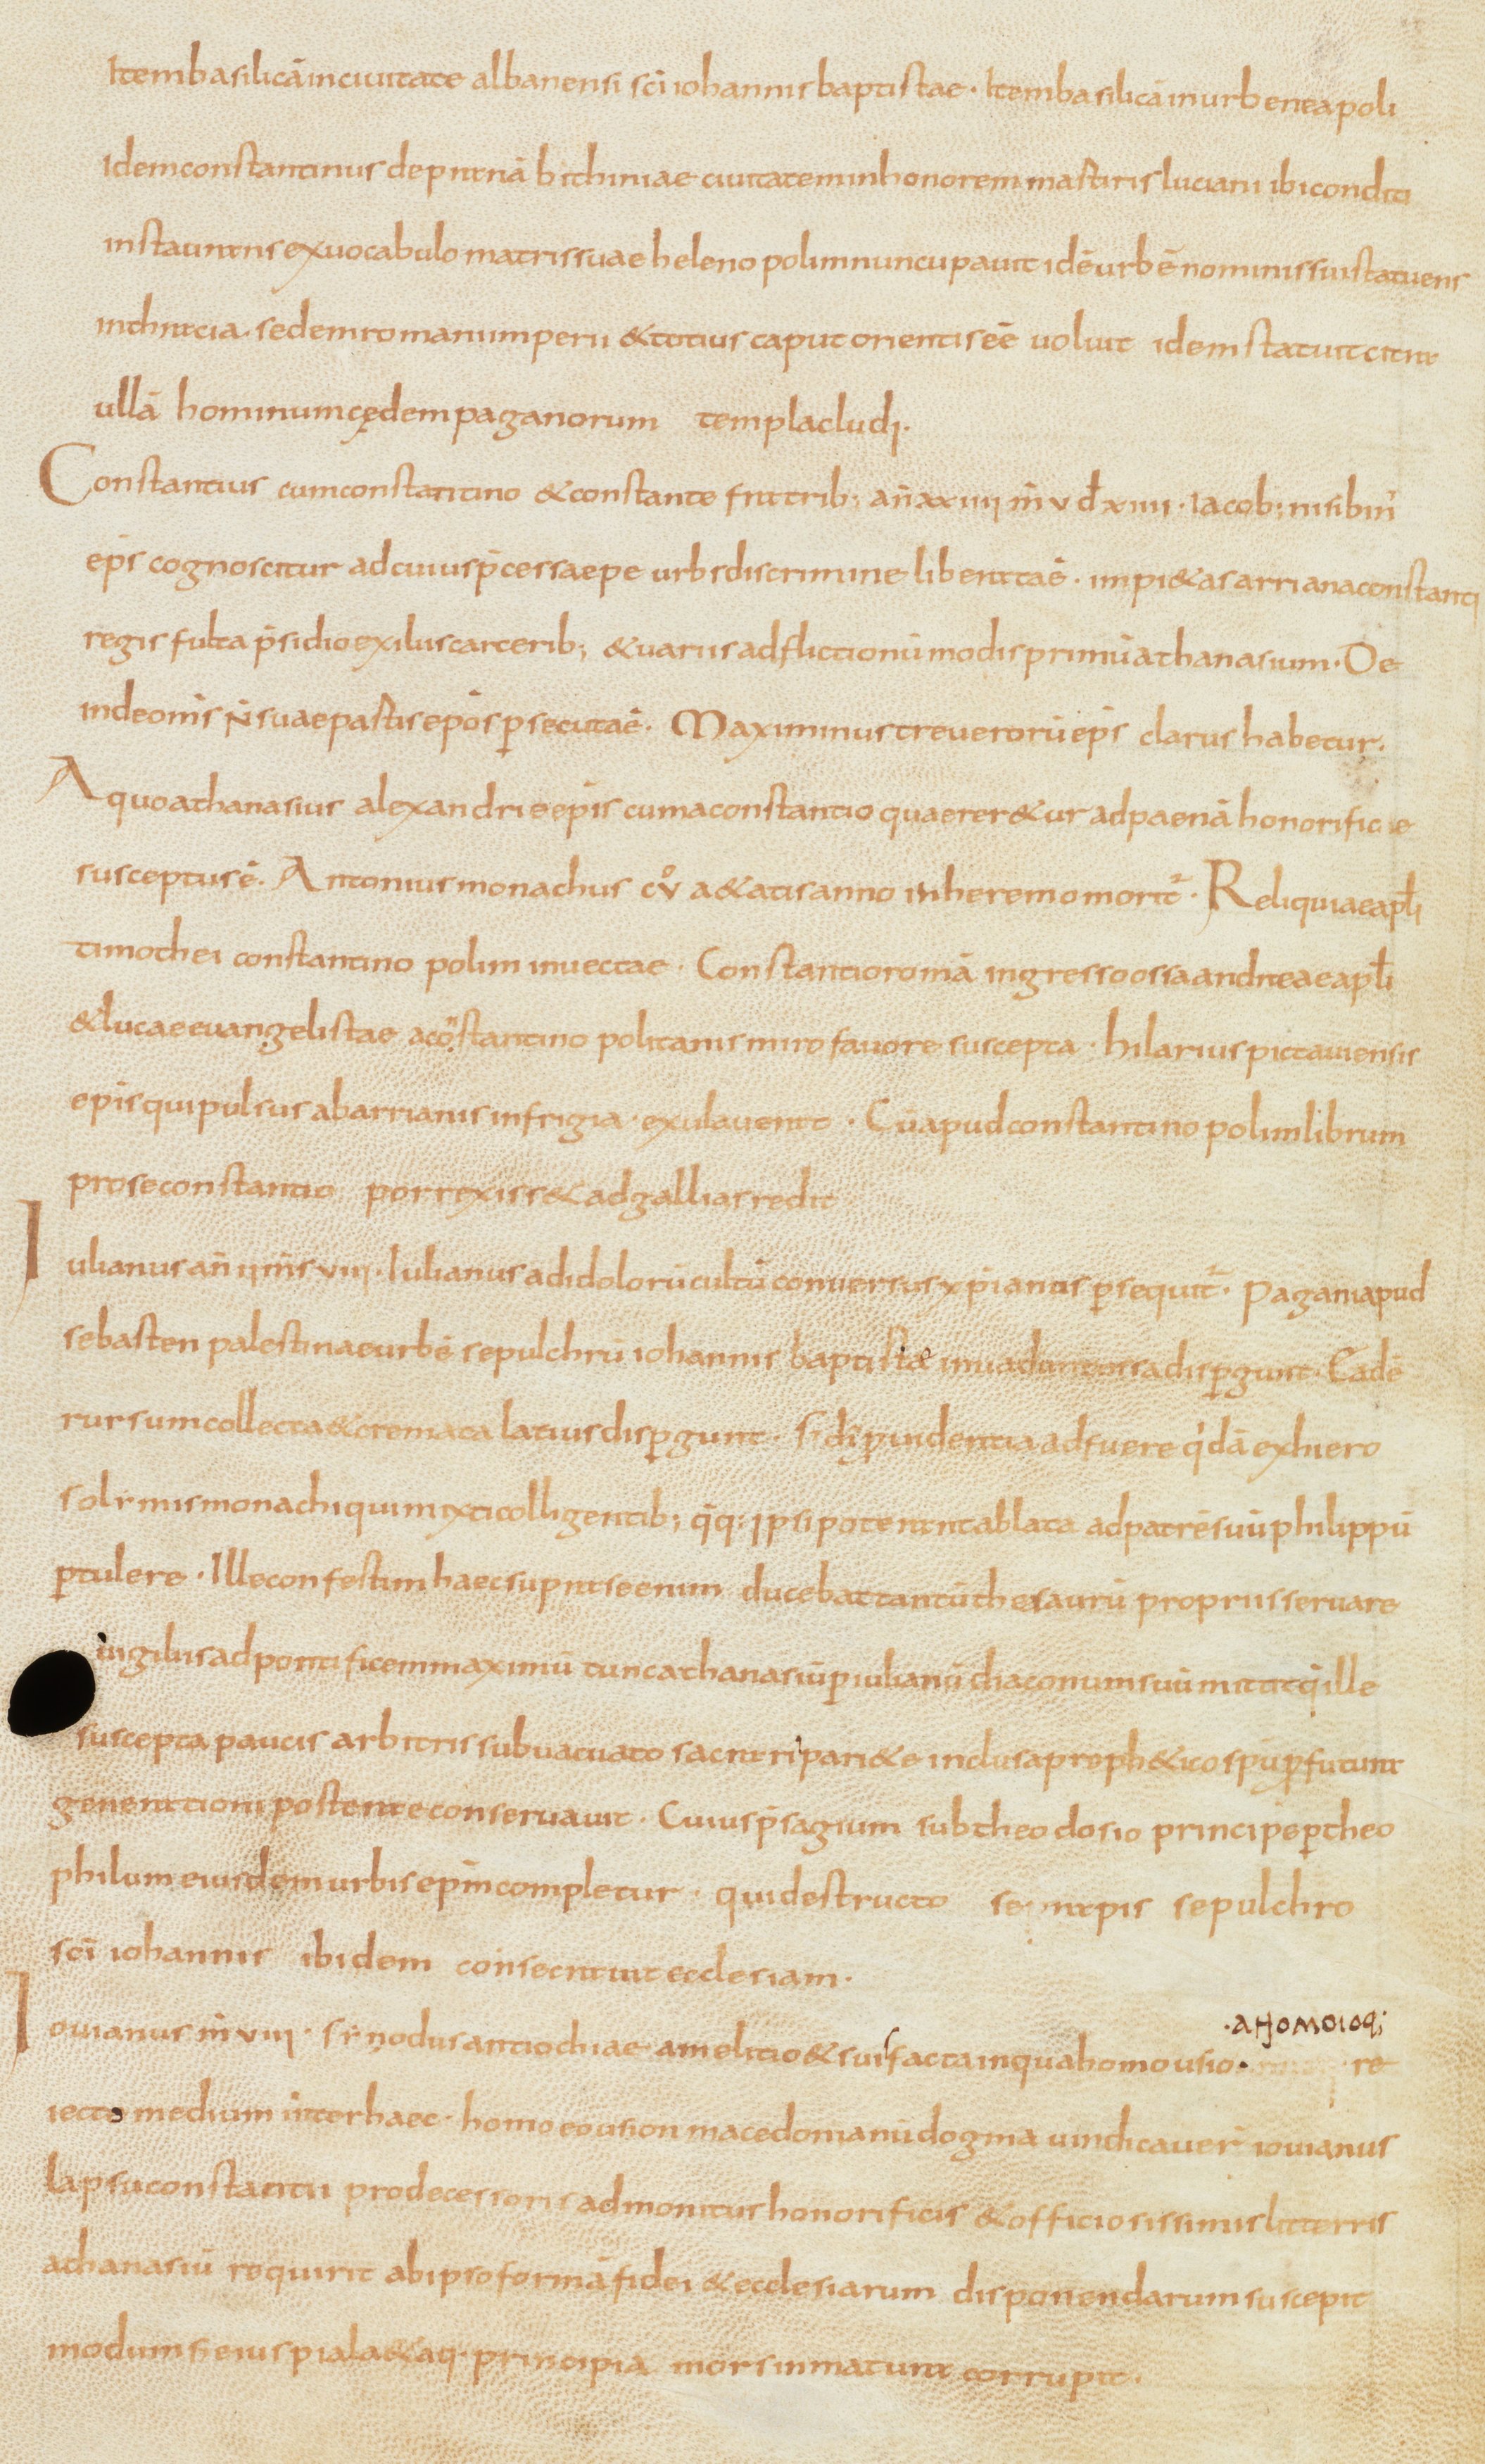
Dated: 810–840